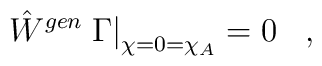
\hat{W}^{gen} \left. \Gamma \right|_{\chi = 0 = \chi_A} = 0 \; \; \; ,